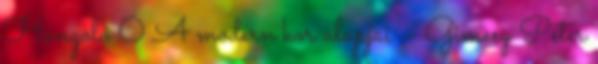
Hangoló 0 A modern kor alapjai – Gimesy Péter